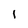
Character: l